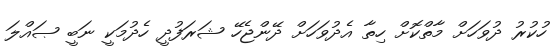
ހުކުރު ދުވަހަށް މާތްކޮށް ހިތާ އެދުވަހަށް ދޭންޖެހޭ ޝަރަފުދީ ހެދުމަކީ ނަބީ ޞައްލަ